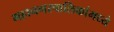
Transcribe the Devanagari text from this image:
महानगरपालिकांमध्ये